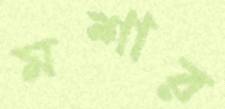
মশার